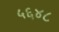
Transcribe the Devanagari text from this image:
५६४८